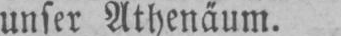
unser Athenäum.